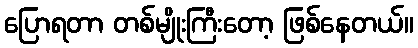
ပြောရတာ တစ်မျိုးကြီးတော့ ဖြစ်နေတယ်။